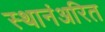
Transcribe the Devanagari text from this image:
स्थानंअरित